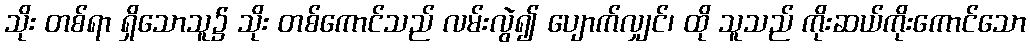
သိုး တစ်ရာ ရှိသောသူ၌ သိုး တစ်ကောင်သည် လမ်းလွဲ၍ ပျောက်လျှင်၊ ထို သူသည် ကိုးဆယ်ကိုးကောင်သော